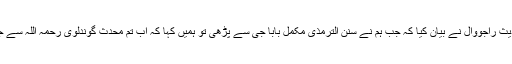
مجھے شیخ عنایت اللہ امین مدرس دارالحدیث راجووال نے بیان کیا کہ جب ہم نے سنن الترمذی مکمل بابا جی سے پڑھی تو ہمیں کہا کہ اب تم محدث گوندلوی رحمہ اللہ سے جا کر پڑھو اور خوب محنت کرکے پڑھو۔